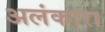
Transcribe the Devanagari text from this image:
अलंकारा